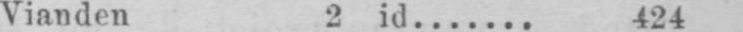
Vianden 2 id....... 424